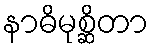
နာဓိမုစ္ဆိတာ